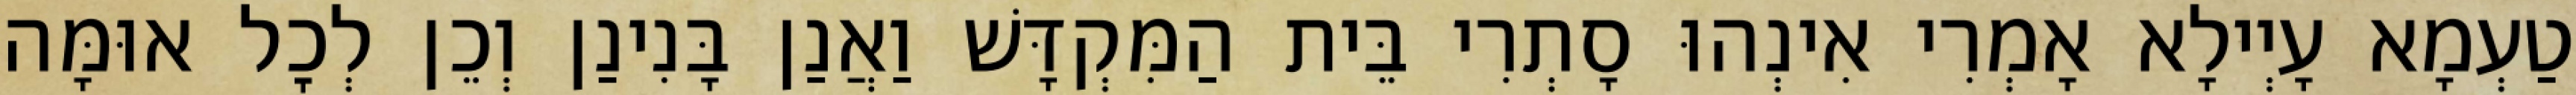
טַעְמָא עָיְילָא אָמְרִי אִינְהוּ סָתְרִי בֵּית הַמִּקְדָּשׁ וַאֲנַן בָּנִינַן וְכֵן לְכׇל אוּמָּה